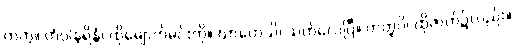
တကွ။ တံဝါနရိန္ဒံ၊ ထိုမျောက်မင်းကို။ ဃာတေသိ၊ သတ်လေပြီ။ တတ္ထပိ၊ ထိုဇာတ်၌လည်း။